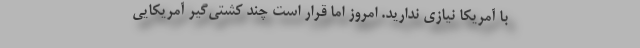
با آمریکا نیازی ندارید. امروز اما قرار است چند کُشتی‌گیر آمریکایی